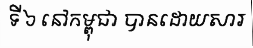
ទី ៦ នៅកម្ពុជា បានដោយសារ